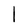
Character: l